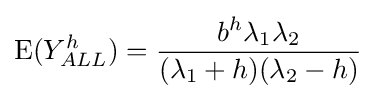
\operatorname {E} (Y_{ALL}^{h})={\frac {b^{h}\lambda _{1}\lambda _{2}}{(\lambda _{1}+h)(\lambda _{2}-h)}}